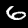
Digit: 6